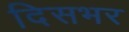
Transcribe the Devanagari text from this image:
दिसभर